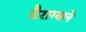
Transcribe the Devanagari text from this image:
वैराग्याने